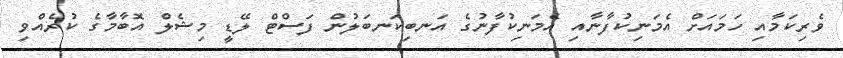
ވެރިކަމާއި ހަމައަށް އެމަނިކުފާނާއި އެމަނިކުފާނުގެ އަނބިކަނބަލުން ފަސްޓް ލޭޑީ މިޝެލް އޮބާމާގެ ކުރެއްވި